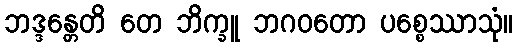
ဘဒ္ဒန္တေတိ တေ ဘိက္ခူ ဘဂဝတော ပစ္စေဿာသုံ။